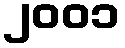
၂၀၀၁